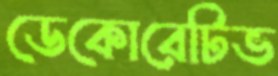
ডেকোরেটিভ